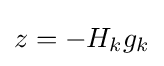
z=-H_{k}g_{k}